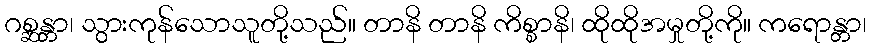
ဂစ္ဆန္တာ၊ သွားကုန်သောသူတို့သည်။ တာနိ တာနိ ကိစ္စာနိ၊ ထိုထိုအမှုတို့ကို။ ကရောန္တာ၊